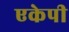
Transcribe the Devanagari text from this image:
एकेपी